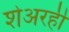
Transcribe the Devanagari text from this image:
शेअरही